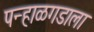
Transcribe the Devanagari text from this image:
पन्हाळगडाला